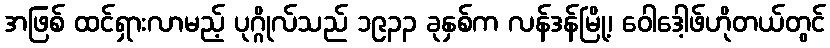
အဖြစ် ထင်ရှားလာမည့် ပုဂ္ဂိုလ်သည် ၁၉၃၃ ခုနှစ်က လန်ဒန်မြို့၊ ဝေါဒေါ့ဖ်ဟိုတယ်တွင်